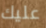
عليك